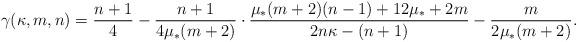
LaTeX: \begin{align*} \gamma(\kappa, m, n)=\frac {n+1} 4 -\frac{n+1}{4 \mu_\ast (m+2)}\cdot \frac{\mu_\ast (m+2)(n-1)+12 \mu_\ast +2m}{2n \kappa -(n+1)}-\frac m {2 \mu_\ast (m+2)}.\end{align*}